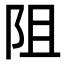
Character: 阻